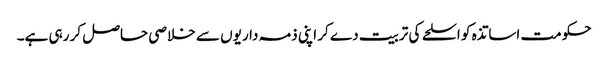
حکومت اساتذہ کو اسلحے کی تربیت دے کر اپنی ذمہ داریوں سے خلاصی حاصل کر رہی ہے۔